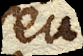
seu